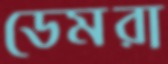
ডেমরা